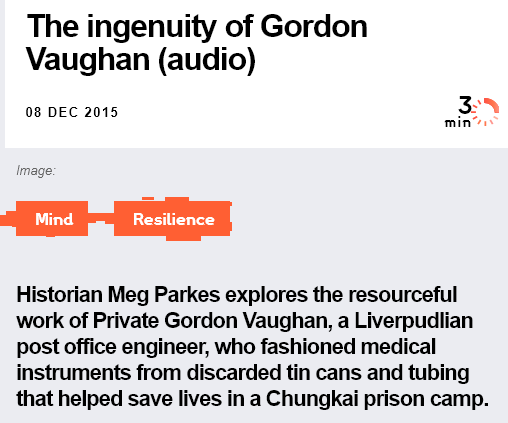
The  ingenuity   of Gordon
   Vaughan    (audio)
   08 DEC 2015
  Image:
     tori tated its §
  Historian Meg Parkes explores the resourceful
  work of Private Gordon Vaughan, a Liverpudlian
  post office engineer, who fashioned medical
  instruments from discarded tin cans and tubing
  that helped save lives in a Chungkai prison camp.